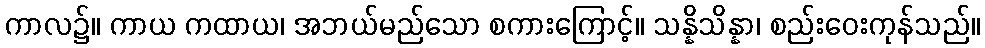
ကာလ၌။ ကာယ ကထာယ၊ အဘယ်မည်သော စကားကြောင့်။ သန္နိသိန္နာ၊ စည်းဝေးကုန်သည်။